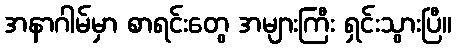
အနာဂါမ်မှာ စာရင်းတွေ အများကြီး ရှင်းသွားပြီ။